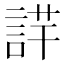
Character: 𧨢